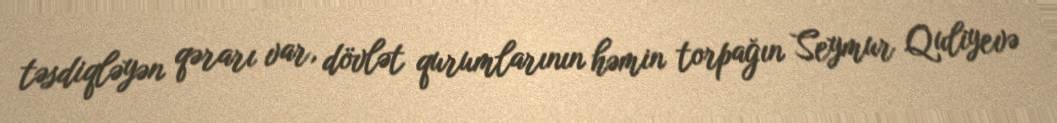
təsdiqləyən qərarı var, dövlət qurumlarının həmin torpağın Seymur Quliyevə